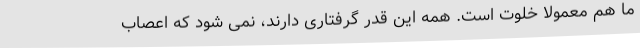
ما هم معمولا خلوت است. همه این قدر گرفتاری دارند، نمی شود که اعصاب